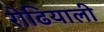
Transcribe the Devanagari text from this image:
रोढियाली